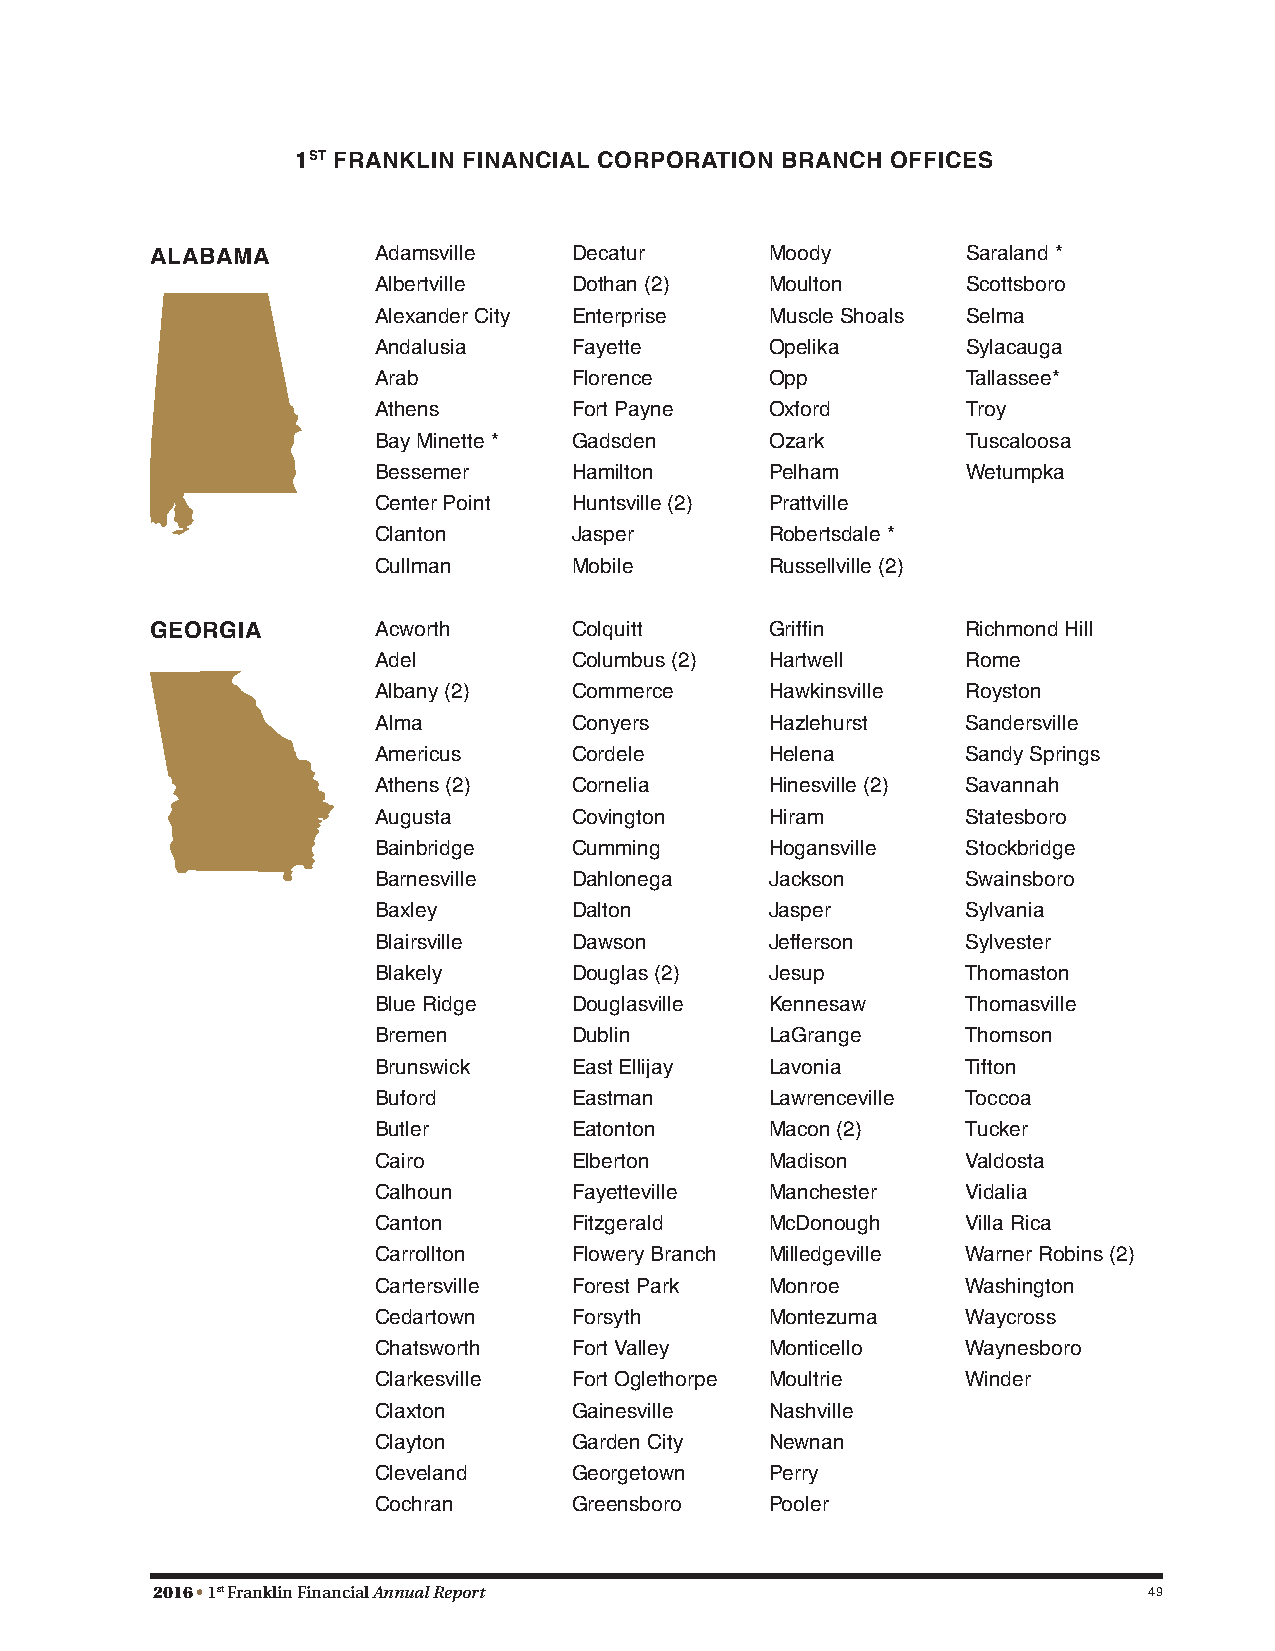
1ST FRANKLIN FINANCIAL CORPORATION BRANCH OFFICES
 ALABAMA        Adamsville   Decatur      Moody        Saraland *
 Albertville  Dothan (2)   Moulton      Scottsboro
 Alexander City Enterprise Muscle Shoals Selma
 Andalusia    Fayette      Opelika      Sylacauga
 Arab         Florence     Opp          Tallassee*
 Athens       Fort Payne   Oxford       Troy
 Bay Minette * Gadsden     Ozark        Tuscaloosa
 Bessemer     Hamilton     Pelham       Wetumpka
 Center Point Huntsville (2) Prattville
 Clanton      Jasper       Robertsdale *
 Cullman      Mobile       Russellville (2)
 GEORGIA        Acworth      Colquitt     Griffin      Richmond Hill
 Adel         Columbus (2) Hartwell     Rome
 Albany (2)   Commerce     Hawkinsville Royston
 Alma         Conyers      Hazlehurst   Sandersville
 Americus     Cordele      Helena       Sandy Springs
 Athens (2)   Cornelia     Hinesville (2) Savannah
 Augusta      Covington    Hiram        Statesboro
 Bainbridge   Cumming      Hogansville  Stockbridge
 Barnesville  Dahlonega    Jackson      Swainsboro
 Baxley       Dalton       Jasper       Sylvania
 Blairsville  Dawson       Jefferson    Sylvester
 Blakely      Douglas (2)  Jesup        Thomaston
 Blue Ridge   Douglasville Kennesaw     Thomasville
 Bremen       Dublin       LaGrange     Thomson
 Brunswick    East Ellijay Lavonia      Tifton
 Buford       Eastman      Lawrenceville Toccoa
 Butler       Eatonton     Macon (2)    Tucker
 Cairo        Elberton     Madison      Valdosta
 Calhoun      Fayetteville Manchester   Vidalia
 Canton       Fitzgerald   McDonough    Villa Rica
 Carrollton   Flowery Branch Milledgeville Warner Robins (2)
 Cartersville Forest Park  Monroe       Washington
 Cedartown    Forsyth      Montezuma    Waycross
 Chatsworth   Fort Valley  Monticello   Waynesboro
 Clarkesville Fort Oglethorpe Moultrie  Winder
 Claxton      Gainesville  Nashville
 Clayton      Garden City  Newnan
 Cleveland    Georgetown   Perry
 Cochran      Greensboro   Pooler
 2016 • 1st Franklin Financial Annual Report                       49